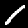
Digit: 1